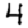
Digit: 4